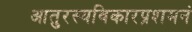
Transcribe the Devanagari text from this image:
आतुरस्यविकारप्रशमनं